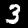
Digit: 3